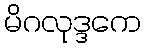
မိဂလုဒ္ဒကေ